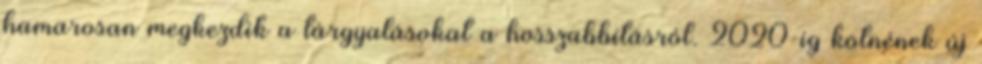
hamarosan megkezdik a tárgyalásokat a hosszabbításról. 2020-ig kötnének új